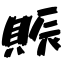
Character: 賑